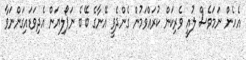
އެހެން ނަމަވެސް ލުއީ ވެރިކަން ކުރައްވަމުން ގެންދެވީ އޭނާގެ ބޭބެ ނަޕޯލިޔަން އެދިވަޑައިގަންނަވާ